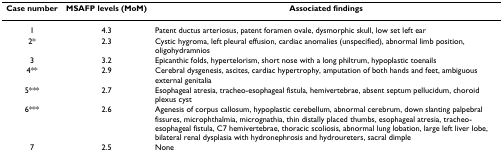
<table><thead><tr><td><b>Case number</b></td><td><b>MSAFP levels (MoM)</b></td><td><b>Associated findings</b></td></tr></thead><tbody><tr><td>1</td><td>4.3</td><td>Patent ductus arteriosus, patent foramen ovale, dysmorphic skull, low set left ear</td></tr><tr><td>2*</td><td>2.3</td><td>Cystic hygroma, left pleural effusion, cardiac anomalies (unspecified), abnormal limb position, oligohydramnios</td></tr><tr><td>3</td><td>3.2</td><td>Epicanthic folds, hypertelorism, short nose with a long philtrum, hypoplastic toenails</td></tr><tr><td>4**</td><td>2.9</td><td>Cerebral dysgenesis, ascites, cardiac hypertrophy, amputation of both hands and feet, ambiguous external genitalia</td></tr><tr><td>5***</td><td>2.7</td><td>Esophageal atresia, tracheo-esophageal fistula, hemivertebrae, absent septum pellucidum, choroid plexus cyst</td></tr><tr><td>6***</td><td>2.6</td><td>Agenesis of corpus callosum, hypoplastic cerebellum, abnormal cerebrum, down slanting palpebral fissures, microphthalmia, micrognathia, thin distally placed thumbs, esophageal atresia, tracheo-esophageal fistula, C7 hemivertebrae, thoracic scoliosis, abnormal lung lobation, large left liver lobe, bilateral renal dysplasia with hydronephrosis and hydroureters, sacral dimple</td></tr><tr><td>7</td><td>2.5</td><td>None</td></tr></tbody></table>